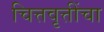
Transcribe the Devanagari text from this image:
चित्तवृत्तींचा